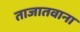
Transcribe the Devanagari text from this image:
ताजातवाना